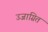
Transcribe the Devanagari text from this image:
उजाग्रित